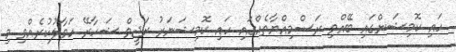
ހައި ކޮމިޝަންގައި ބޭއްްވި ރަސްމިއްޔާތެއްގައި ހައި ކޮމިޝަނަރު ރަޖީވް ޝަހާރޭ ހަވާލުކުރެއްވި މި